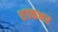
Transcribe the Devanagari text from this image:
शतकभर